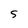
Character: S